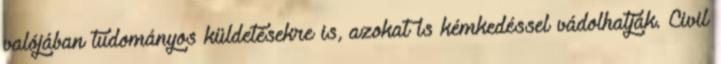
valójában tudományos küldetésekre is, azokat is kémkedéssel vádolhatják. Civil